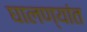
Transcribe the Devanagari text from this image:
घालण्यांत